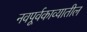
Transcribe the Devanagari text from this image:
नवपूर्वकाव्यातील